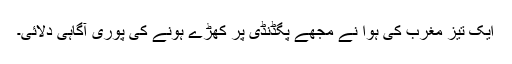
ایک تیز مغرب کی ہوا نے مجھے پگڈنڈی پر کھڑے ہونے کی پوری آگاہی دلائی۔